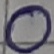
Text: O